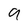
Character: 9